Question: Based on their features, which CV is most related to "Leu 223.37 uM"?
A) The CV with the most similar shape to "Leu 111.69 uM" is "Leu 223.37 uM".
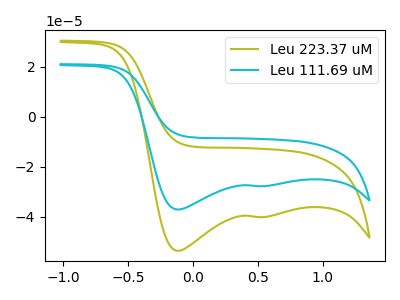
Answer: <think>The olive curve "Leu 223.37 uM" has cathodic peaks at (-0.10V, -53.60uA) (0.55V, -40.10uA). The cyan curve "Leu 111.69 uM" has cathodic peaks at (-0.10V, -37.10uA) (0.55V, -27.75uA).
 All the peaks in "Leu 223.37 uM" have a peak in "Leu 111.69 uM" at the same potential. Every peak in "Leu 223.37 uM" is higher than every peak in "Leu 111.69 uM".</think>
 <answer>A) The CV with the most similar shape to "Leu 111.69 uM" is "Leu 223.37 uM".</answer>
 <eval>A</eval>